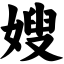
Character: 嫂